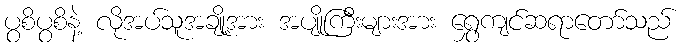
ပွစိပွစိနဲ့ လိုအပ်သူအချို့အား အပျိုကြီးများအား ရွှေကျင်ဆရာတော်သည်